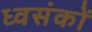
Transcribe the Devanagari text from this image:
ध्वसंकों